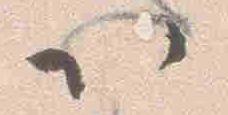
以